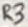
Text: R3